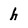
Character: h